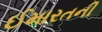
ઈમારતની